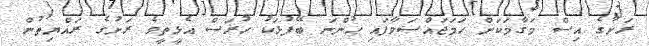
ރަށުގެ އިސް މަގާމަކަށް ހަމަޖައްސަވާފައި ހުންނަ ބޭފުޅަކު ހުރަސް އެޅީތީވެ ރަށުގެ ރައްޔިތުން